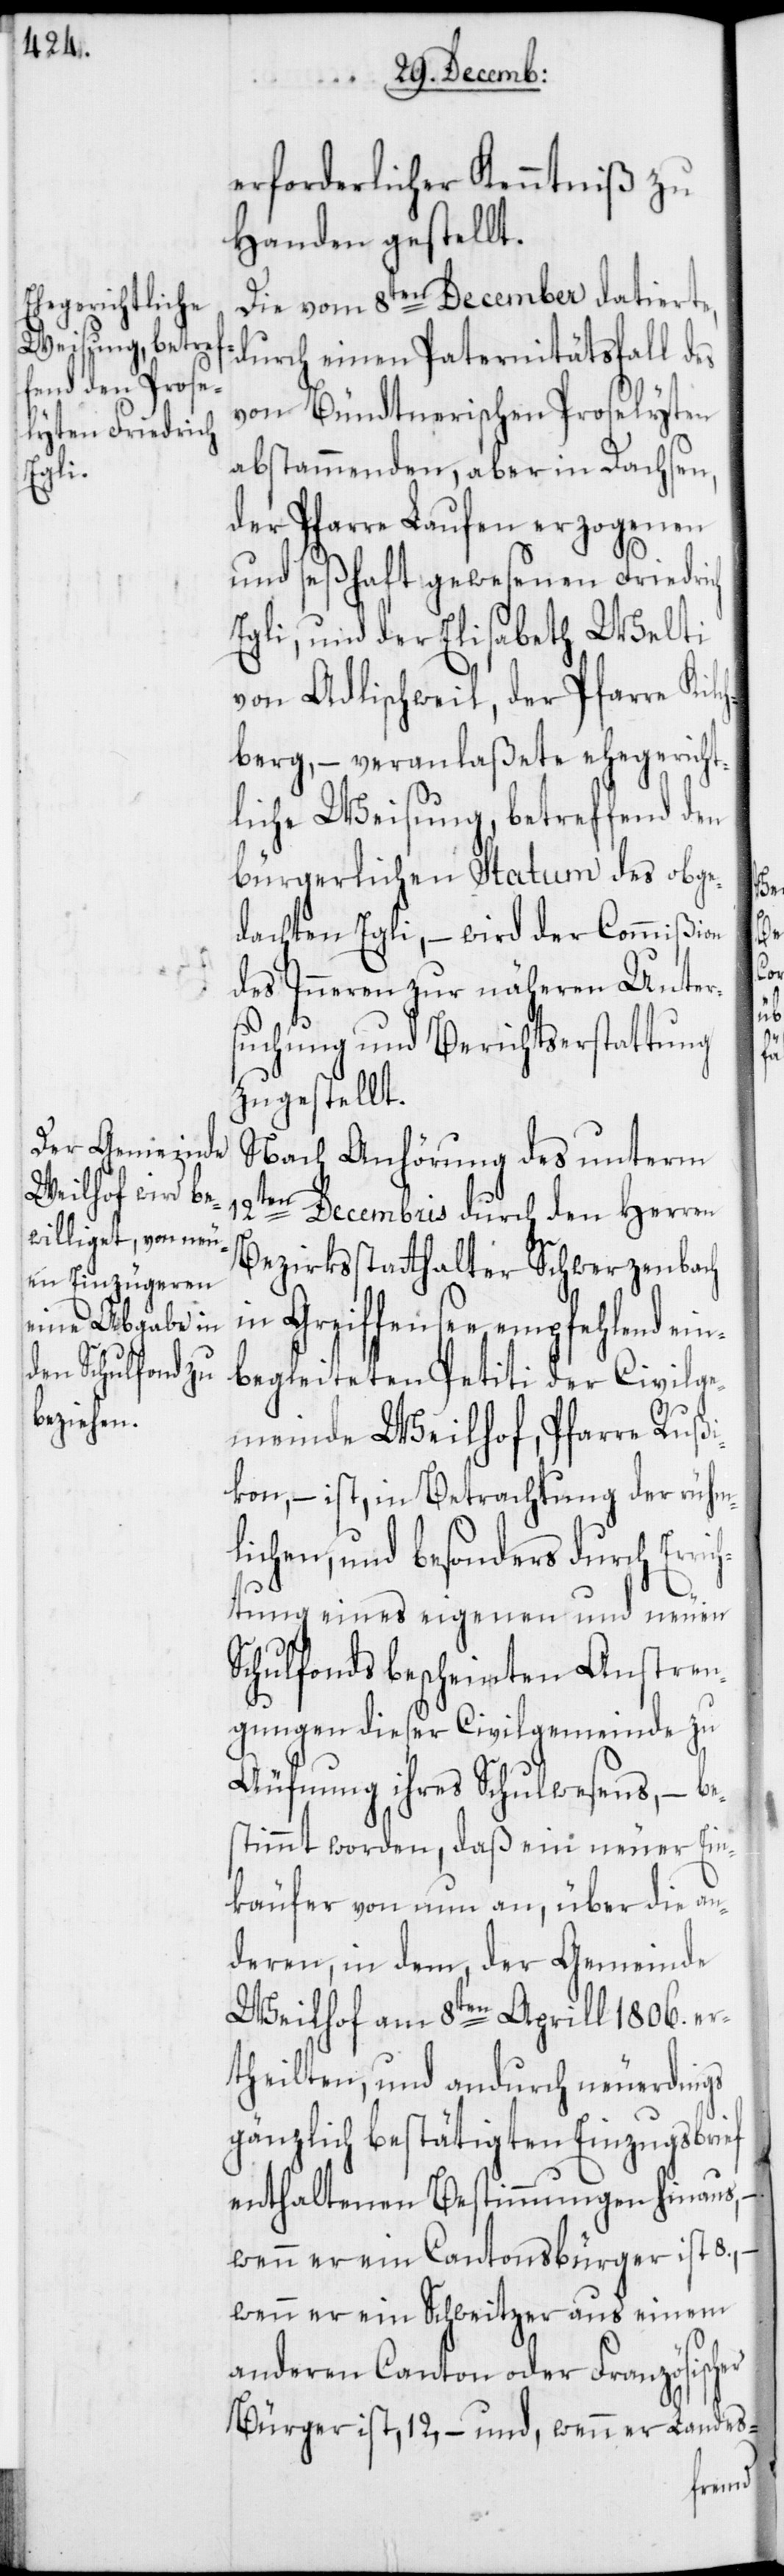
erforderlicher Kenntniß zu
Handen gestellt.
Die vom 8ten December datierte,
durch einen Paternitätsfall des
von Bündtnerischen Proselyten
abstammenden, aber in Dachsen,
der Pfarre Laufen erzogenen
und seßhaft gewesenen Friedrich
Egli, und der Elisabeth Welti
von Adlischweil, der Pfarre Kilc¬
hberg, – veranlaßete ehegericht¬
liche Weisung, betreffend den
bürgerlichen Statum des obge¬
dachten Egli, – wird der Commißion
des Inneren zur näheren Unter¬
suchung und Berichtserstattung
zugestellt.
Nach Anhörung des unterm
er
Decembris durch den Herren
Bezirksstatthalter Schwerzenbach
in Greiffensee empfehlend ei¬
nbegleiteten Petiti der Civilge¬
meinde Weilhof, Pfarre Rußi¬
kon, – ist, in Betrachtung der rühm¬
lichen, und besonders durch Err¬
ichtung eines eigenen und neuen
Schulfonds bescheinten Anstren¬
gungen dieser Civilgemeinde zu
Äufnung ihres Schulwesens, – be¬
stimmt worden, daß ein neuer Ein¬
käufer von nun an, über die an¬
deren, in dem, der Gemeinde
Weilhof am 8ten Aprill 1806. er¬
theilten, und andurch neuerdings
gänzlich bestätigten Einzugsbrief
enthaltenen Bestimmungen hinaus,
wenn er ein Cantonsbürger ist 8.,
wenn er ein Schweitzer aus einem
anderen Canton oder Französisch¬
Bürger ist, 12, – und wenn er Landes-